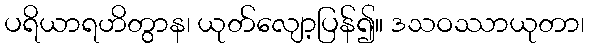
ပရိယာရဟိတွာန၊ ယုတ်လျော့ပြန်၍။ ဒသဝဿာယုတာ၊